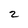
Character: 2